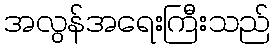
အလွန်အရေးကြီးသည်